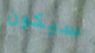
سيكون